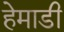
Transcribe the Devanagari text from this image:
हेमाडी